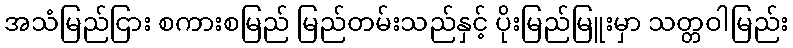
အသံမြည်ငြား စကားစမြည် မြည်တမ်းသည်နှင့် ပိုးမြည်မြူးမှာ သတ္တဝါမြည်း